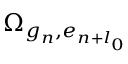
\Omega _ { g _ { n } , e _ { n + l _ { 0 } } }